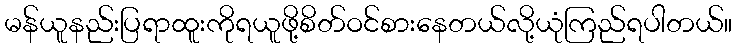
မန်ယူနည်းပြရာထူးကိုရယူဖို့စိတ်ဝင်စားနေတယ်လို့ယုံကြည်ရပါတယ်။